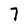
Character: 7